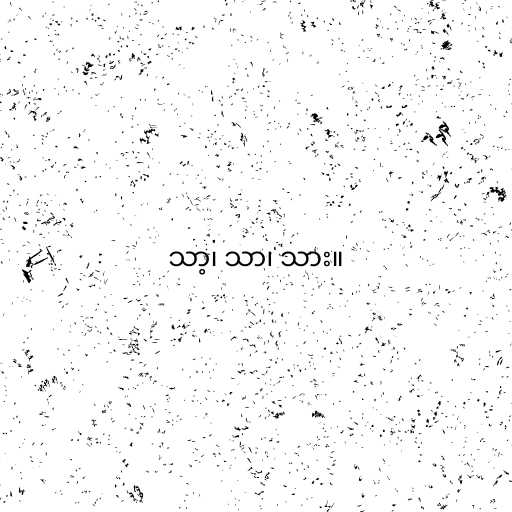
သာ့၊ သာ၊ သား။